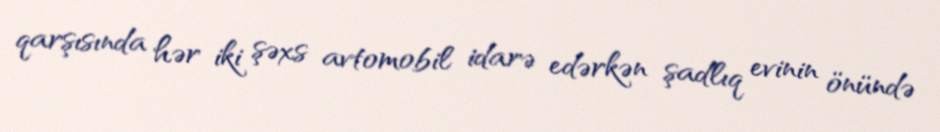
qarşısında hər iki şəxs avtomobil idarə edərkən şadlıq evinin önündə